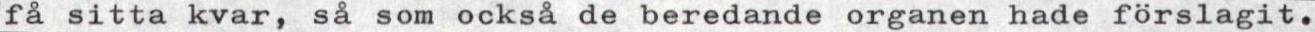
få sitta kvar, så som också de beredande organen hade förslagit.